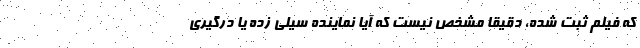
که فیلم ثبت شده، دقیقاً مشخص نیست که آیا نماینده سیلی زده یا درگیری